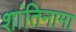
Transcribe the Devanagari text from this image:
शांतिनामा